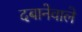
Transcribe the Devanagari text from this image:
दबानेवाले